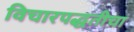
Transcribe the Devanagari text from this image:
विचारपद्धतीचा